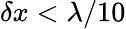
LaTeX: \delta x<\lambda/10